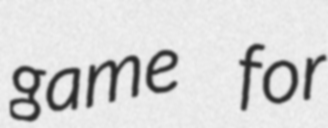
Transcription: game for